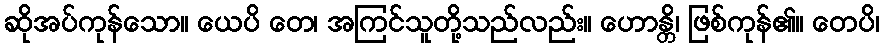
ဆိုအပ်ကုန်သော။ ယေပိ တေ၊ အကြင်သူတို့သည်လည်း။ ဟောန္တိ၊ ဖြစ်ကုန်၏။ တေပိ၊